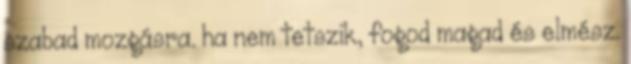
szabad mozgásra. ha nem tetszik, fogod magad és elmész.